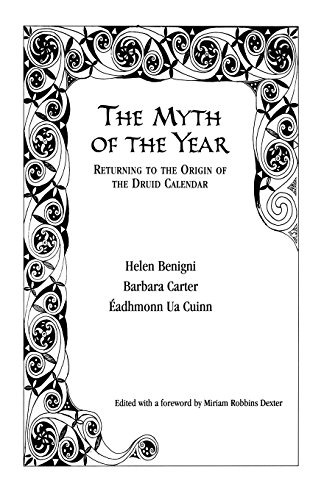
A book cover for The Myth of the Year: Returning to the Origin of the Druid Calendar; Helen Benigni; Religion & Spirituality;